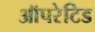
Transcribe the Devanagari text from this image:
ऑपरेटिड